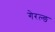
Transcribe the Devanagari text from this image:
गेरल्ङ